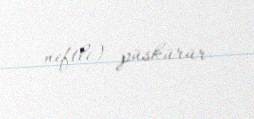
neftli) püskürür.